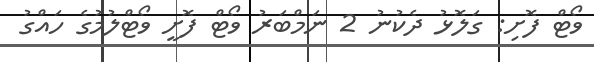
ވޯޓް ފޮށި: ގަލޮޅު ދެކުނު 2 ނަމްބަރު ވޯޓް ފޮށީ ވޯޓްލުމުގެ ހައްގު